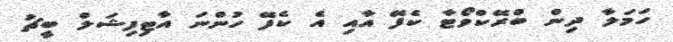
ހަމަލާ ދިން ބްރޭކްވޯޓާ ކެފޭ އާއި އެ ކެފޭ ހުންނަ އާޓިފިޝަލް ބީޗު